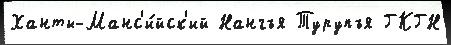
Ханты-Манс'и́йск'ий Нангъя Турупъя ГКГН